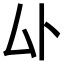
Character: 𫨦